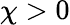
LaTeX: \chi>0